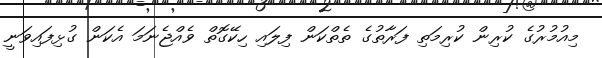
މިއުމުރުގެ ކުރިން ކުރިމަތި ފަރާތުގެ ތެތްކަން ފިލައި ހިކޭގޮތް ވެއްޖެނަމަ އެކަން ގުޅިފައިވަނީ